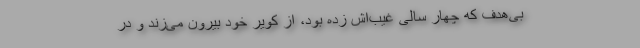
بی‌هدف که چهار سالی غیب‌اش زده بود، از کویر خود بیرون می‌زند و در